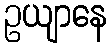
ဥယျာနေ